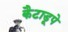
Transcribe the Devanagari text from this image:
कैटाडूपे